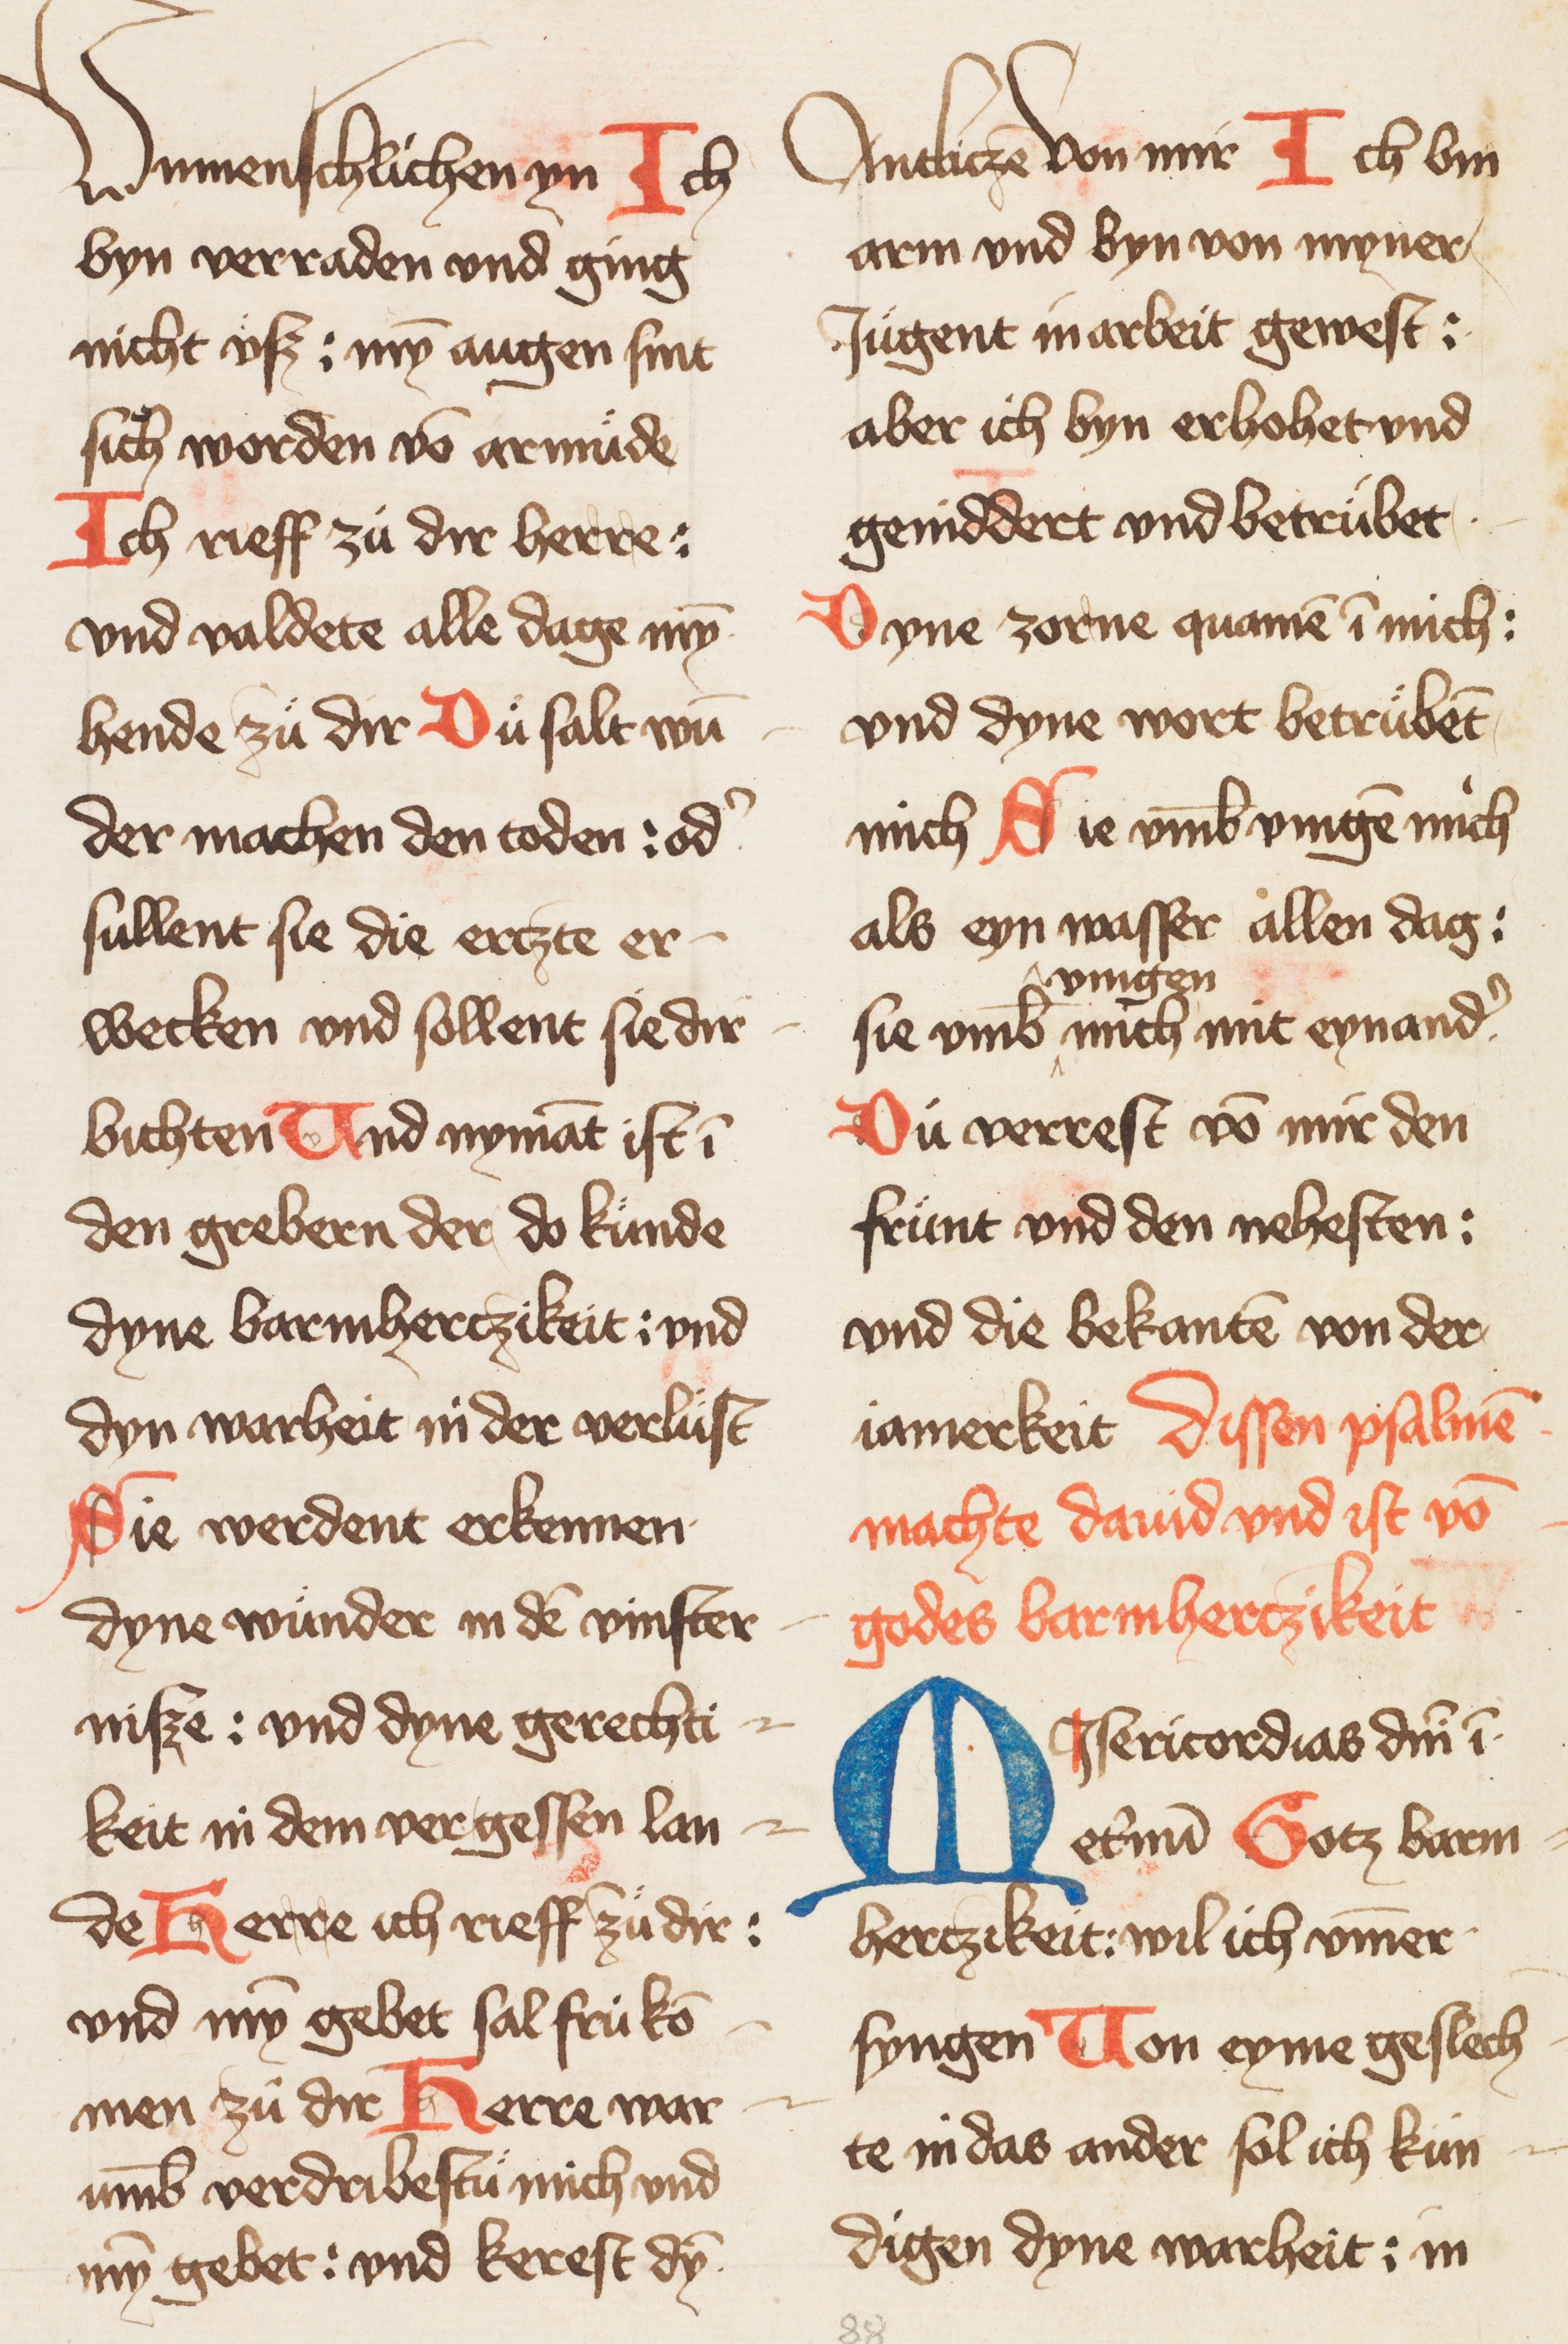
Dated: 1400–1424